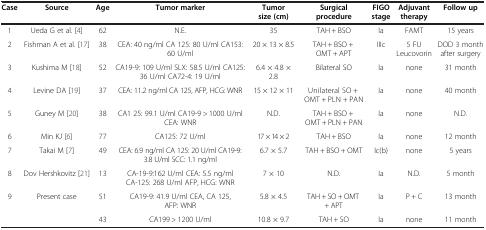
<table><thead><tr><td><b>Case</b></td><td><b>Source</b></td><td><b>Age</b></td><td><b>Tumor marker</b></td><td><b>Tumor size (cm)</b></td><td><b>Surgical procedure</b></td><td><b>FIGO stage</b></td><td><b>Adjuvant therapy</b></td><td><b>Follow up</b></td></tr></thead><tbody><tr><td>1</td><td>Ueda G et al. [4]</td><td>62</td><td>N.E.</td><td>35</td><td>TAH + BSO</td><td>Ia</td><td>FAMT</td><td>15 years</td></tr><tr><td>2</td><td>Fishman A et al. [17]</td><td>38</td><td>CEA: 40 ng/ml CA 125: 80 U/ml CA153: 60 U/ml</td><td>20 × 13 × 8.5</td><td>TAH + BSO + OMT + APT</td><td>IIIc</td><td>5 FU Leucovorin</td><td>DOD 3 month after surgery</td></tr><tr><td>3</td><td>Kushima M [18]</td><td>52</td><td>CA19-9: 109 U/ml SLX: 58.5 U/ml CA125: 36 U/ml CA72-4: 19 U/ml</td><td>6.4 × 4.8 × 2.8</td><td>Bilateral SO</td><td>Ia</td><td>none</td><td>31 month</td></tr><tr><td>4</td><td>Levine DA [19]</td><td>37</td><td>CEA: 11.2 ng/ml CA 125, AFP, HCG: WNR</td><td>15 × 12 × 11</td><td>Unilateral SO + OMT + PLN + PAN</td><td>Ia</td><td>none</td><td>40 month</td></tr><tr><td>5</td><td>Guney M [20]</td><td>38</td><td>CA1 25: 99.1 U/ml CA19-9 &gt; 1000 U/ml CEA: WNR</td><td>N.D.</td><td>TAH + BSO + OMT + PLN + PAN</td><td>Ia</td><td>none</td><td>N.D.</td></tr><tr><td>6</td><td>Min KJ [6]</td><td>77</td><td>CA125: 72 U/ml</td><td>17 × 14 × 2</td><td>TAH + BSO</td><td>Ia</td><td>none</td><td>12 month</td></tr><tr><td>7</td><td>Takai M [7]</td><td>49</td><td>CEA: 6.9 ng/ml CA 125: 20 U/ml CA19-9: 3.8 U/ml SCC: 1.1 ng/ml</td><td>6.7 × 5.7</td><td>TAH + BSO + OMT</td><td>Ic(b)</td><td>none</td><td>5 years</td></tr><tr><td>8</td><td>Dov Hershkovitz [21]</td><td>13</td><td>CA-19-9:162 U/ml CEA: 5.5 ng/ml CA-125: 268 U/ml AFP, HCG: WNR</td><td>7 × 10</td><td>N.D.</td><td>Ia</td><td>N.D.</td><td>5 month</td></tr><tr><td rowspan="2">9</td><td rowspan="2">Present case</td><td>51</td><td>CA19-9: 41.9 U/ml CEA, CA 125, AFP: WNR</td><td>5.8 × 4.5</td><td>TAH + SO + OMT + APT</td><td>Ia</td><td>P + C</td><td>13 month</td></tr><tr><td>43</td><td>CA199 &gt; 1200 U/ml</td><td>10.8 × 9.7</td><td>TAH + SO</td><td>Ia</td><td>none</td><td>11 month</td></tr></tbody></table>